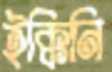
ইক্কিনি